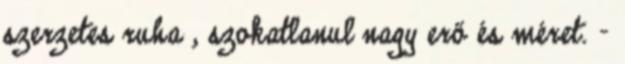
szerzetes ruha , szokatlanul nagy erő és méret. -